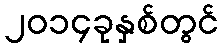
၂၀၁၄ခုနှစ်တွင်